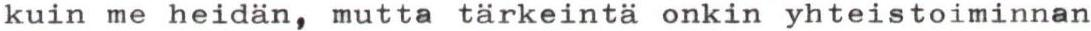
kuin me heidän, mutta tärkeintä onkin yhteistoiminnan